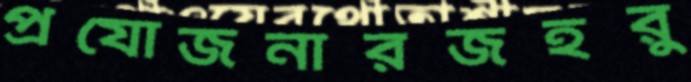
প্রযোজনারজহরু